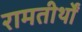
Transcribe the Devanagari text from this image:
रामतीर्थों